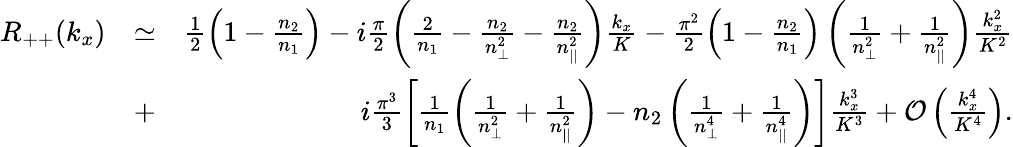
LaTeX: \begin{array}{rlr}{R_{++}(k_{x})}&{\simeq}&{\frac{1}{2}\left(1-\frac{n_{2}}{n_{1}}\right)-i\frac{\pi}{2}\left(\frac{2}{n_{1}}-\frac{n_{2}}{n_{\perp}^{2}}-\frac{n_{2}}{n_{||}^{2}}\right)\frac{k_{x}}{K}-\frac{\pi^{2}}{2}\left(1-\frac{n_{2}}{n_{1}}\right)\left(\frac{1}{n_{\perp}^{2}}+\frac{1}{n_{||}^{2}}\right)\frac{k_{x}^{2}}{K^{2}}}\\ &{+}&{i\frac{\pi^{3}}{3}\left[\frac{1}{n_{1}}\left(\frac{1}{n_{\perp}^{2}}+\frac{1}{n_{||}^{2}}\right)-n_{2}\left(\frac{1}{n_{\perp}^{4}}+\frac{1}{n_{||}^{4}}\right)\right]\frac{k_{x}^{3}}{K^{3}}+{\cal O}\left(\frac{k_{x}^{4}}{K^{4}}\right).}\end{array}